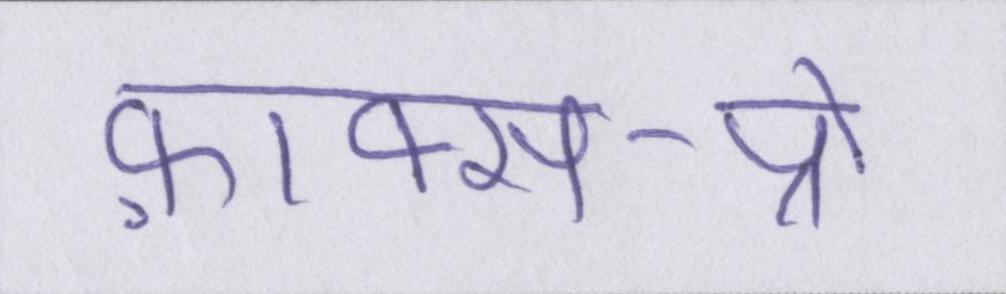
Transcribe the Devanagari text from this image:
फ़ाक्स-प्रो